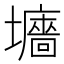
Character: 𡓜